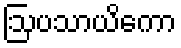
ဩပသာယိကော